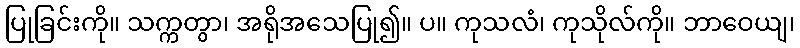
ပြုခြင်းကို။ သက္ကတွာ၊ အရိုအသေပြု၍။ ပ။ ကုသလံ၊ ကုသိုလ်ကို။ ဘာဝေယျ၊